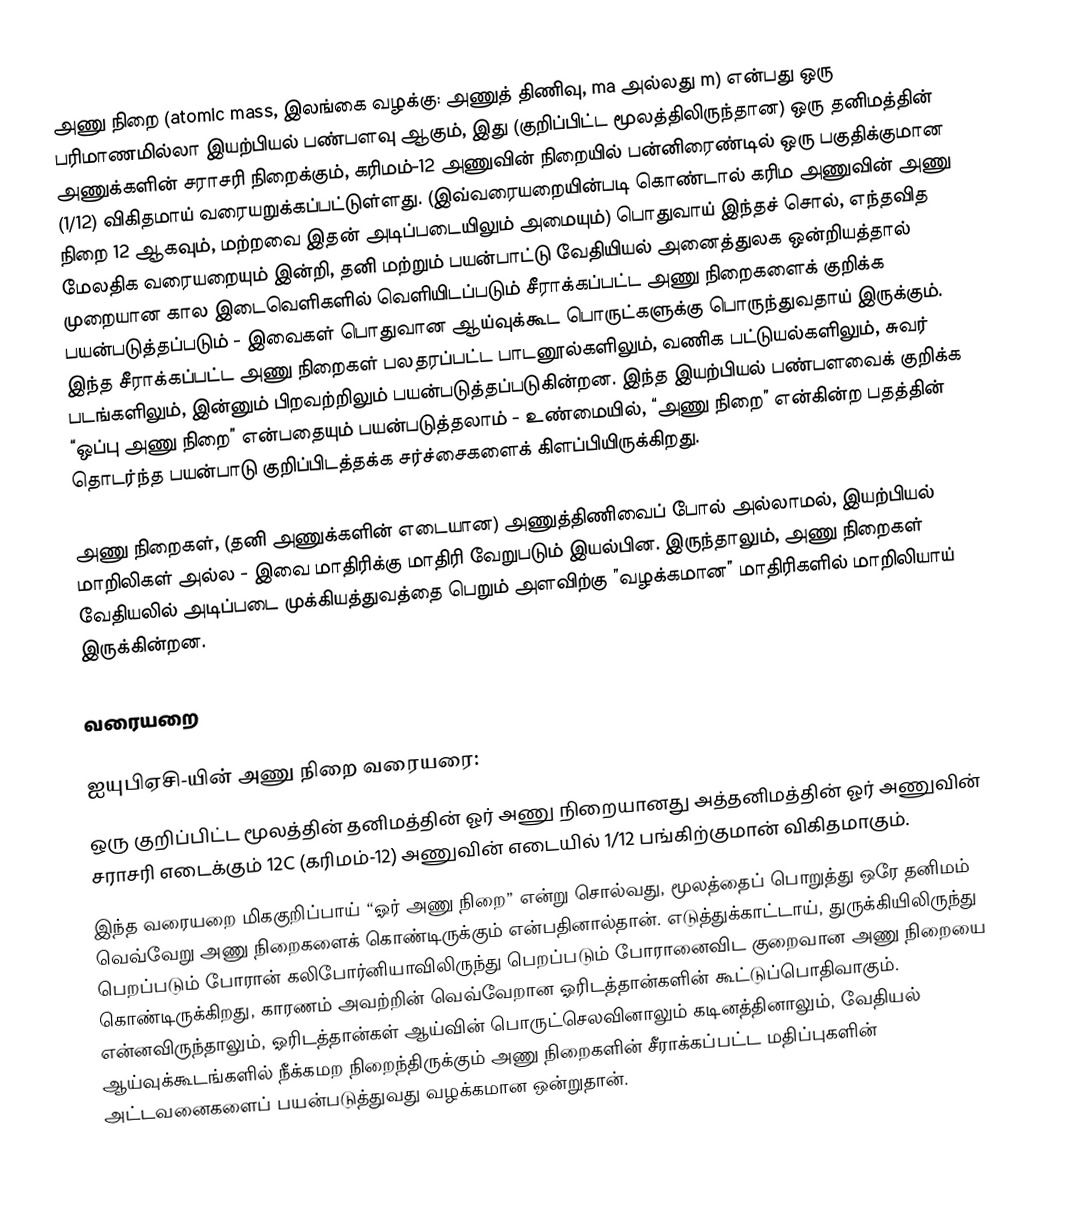
அணு நிறை (atomic mass, இலங்கை வழக்கு: அணுத் திணிவு, ma அல்லது m) என்பது ஒரு பரிமாணமில்லா இயற்பியல் பண்பளவு ஆகும், இது (குறிப்பிட்ட மூலத்திலிருந்தான) ஒரு தனிமத்தின் அணுக்களின் சராசரி நிறைக்கும், கரிமம்-12 அணுவின் நிறையில் பன்னிரைண்டில் ஒரு பகுதிக்குமான (1/12) விகிதமாய் வரையறுக்கப்பட்டுள்ளது. (இவ்வரையறையின்படி கொண்டால் கரிம அணுவின் அணு நிறை 12 ஆகவும், மற்றவை இதன் அடிப்படையிலும் அமையும்) பொதுவாய் இந்தச் சொல், எந்தவித மேலதிக வரையறையும் இன்றி, தனி மற்றும் பயன்பாட்டு வேதியியல் அனைத்துலக ஒன்றியத்தால் முறையான கால இடைவெளிகளில் வெளியிடப்படும் சீராக்கப்பட்ட அணு நிறைகளைக் குறிக்க பயன்படுத்தப்படும் - இவைகள் பொதுவான ஆய்வுக்கூட பொருட்களுக்கு பொருந்துவதாய் இருக்கும். இந்த சீராக்கப்பட்ட அணு நிறைகள் பலதரப்பட்ட பாடனூல்களிலும், வணிக பட்டுயல்களிலும், சுவர் படங்களிலும், இன்னும் பிறவற்றிலும் பயன்படுத்தப்படுகின்றன. இந்த இயற்பியல் பண்பளவைக் குறிக்க “ஒப்பு அணு நிறை” என்பதையும் பயன்படுத்தலாம் - உண்மையில், “அணு நிறை” என்கின்ற பதத்தின் தொடர்ந்த பயன்பாடு குறிப்பிடத்தக்க சர்ச்சைகளைக் கிளப்பியிருக்கிறது.

அணு நிறைகள், (தனி அணுக்களின் எடையான) அணுத்திணிவைப் போல் அல்லாமல், இயற்பியல் மாறிலிகள் அல்ல - இவை மாதிரிக்கு மாதிரி வேறுபடும் இயல்பின. இருந்தாலும், அணு நிறைகள் வேதியலில் அடிப்படை முக்கியத்துவத்தை பெறும் அளவிற்கு ”வழக்கமான” மாதிரிகளில் மாறிலியாய் இருக்கின்றன.

வரையறை

ஐயுபிஏசி-யின் அணு நிறை வரையரை:
ஒரு குறிப்பிட்ட மூலத்தின் தனிமத்தின் ஓர் அணு நிறையானது அத்தனிமத்தின் ஓர் அணுவின் சராசரி எடைக்கும் 12C (கரிமம்-12) அணுவின் எடையில் 1/12 பங்கிற்குமான் விகிதமாகும்.
இந்த வரையறை மிககுறிப்பாய் “ஓர் அணு நிறை” என்று சொல்வது, மூலத்தைப் பொறுத்து ஒரே தனிமம் வெவ்வேறு அணு நிறைகளைக் கொண்டிருக்கும் என்பதினால்தான். எடுத்துக்காட்டாய், துருக்கியிலிருந்து பெறப்படும் போரான் கலிபோர்னியாவிலிருந்து பெறப்படும் போரானைவிட குறைவான அணு நிறையை கொண்டிருக்கிறது, காரணம் அவற்றின் வெவ்வேறான ஓரிடத்தான்களின் கூட்டுப்பொதிவாகும். என்னவிருந்தாலும், ஓரிடத்தான்கள் ஆய்வின் பொருட்செலவினாலும் கடினத்தினாலும், வேதியல் ஆய்வுக்கூடங்களில் நீக்கமற நிறைந்திருக்கும் அணு நிறைகளின் சீராக்கப்பட்ட மதிப்புகளின் அட்டவனைகளைப் பயன்படுத்துவது வழக்கமான ஒன்றுதான்.